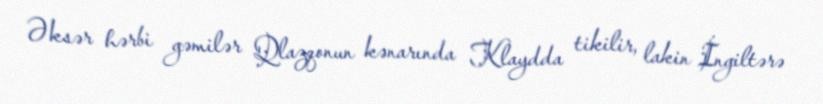
Əksər hərbi gəmilər Qlazqonun kənarında Klaydda tikilir, lakin İngiltərə